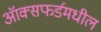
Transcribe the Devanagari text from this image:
ऑक्सफर्डमधील